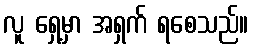
လူ ရှေ့မှာ အရှက် ရစေသည်။